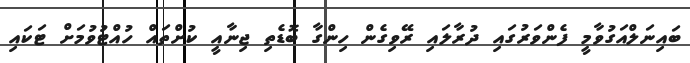
ބައިނަލްއަގުވާމީ ފެންވަރުގައި ދުރާލައި ރޭވިގެން ހިންގާ ބޮޑެތި ޖިނާއީ ކުށްތައް ހުއްޓުވުމަށް ޓަކައި